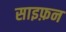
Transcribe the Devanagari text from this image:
साइफ़न